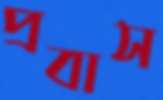
প্রবাস